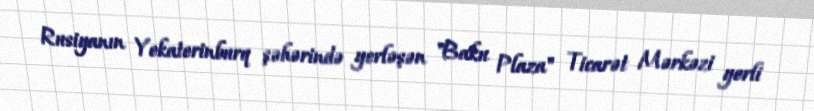
Rusiyanın Yekaterinburq şəhərində yerləşən "Baku Plaza" Ticarət Mərkəzi yerli